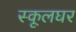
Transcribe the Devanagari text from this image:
स्कूलघर